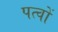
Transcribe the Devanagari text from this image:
पत्वों